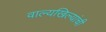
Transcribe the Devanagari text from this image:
वाल्यखिल्यांची